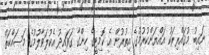
ނައިބު މުޤައްރިރަކު އައްޔަންކުރުމުގެ އިތުރުން އެ ކޮމިޓީގެ ހިންގާ ގަވައިދު އެކުލަވާލުމުގެ މަސައްކަތް